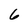
Character: 6